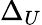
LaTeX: \Delta_{U}